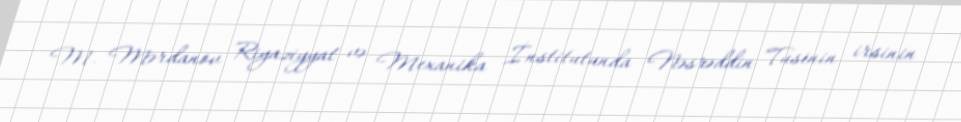
M. Mərdanov Riyaziyyat və Mexanika İnstitutunda Nəsrəddin Tusinin irsinin